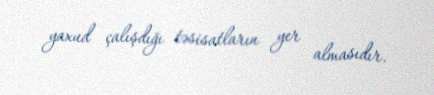
yaxud çalışdığı təsisatların yer almasıdır.